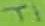
Text: T1